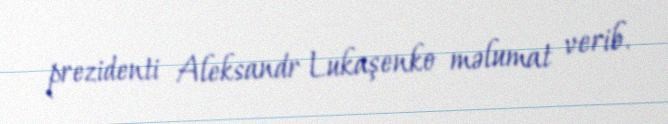
prezidenti Aleksandr Lukaşenko məlumat verib.